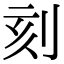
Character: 刻